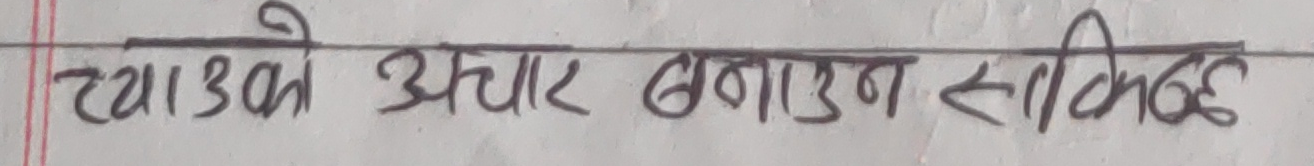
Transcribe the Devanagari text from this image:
च्याउको अचार बनाउन सकिन्छ